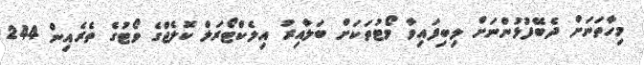
މިހާތަނަށް ދެބޭފުޅުންނަށް ލިބިފައިވާ ވޯޓުތަކަށް ބަލާއިރު އިލެކްޓޯރަލް ކޮލެޖްގެ ވޯޓުގެ ތެރެއިން 244